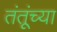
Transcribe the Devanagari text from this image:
तंतूंच्या